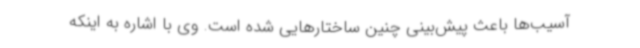
آسیب‌ها باعث پیش‌بینی چنین ساختارهایی شده است. وی با اشاره به اینکه